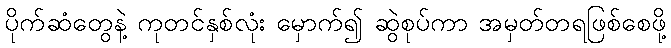
ပိုက်ဆံတွေနဲ့ ကုတင်နှစ်လုံး မှောက်၍ ဆွဲစုပ်ကာ အမှတ်တရဖြစ်စေဖို့